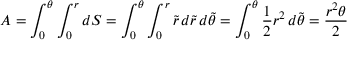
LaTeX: A = \int _ { 0 } ^ { \theta } \int _ { 0 } ^ { r } d S = \int _ { 0 } ^ { \theta } \int _ { 0 } ^ { r } { \tilde { r } } \, d { \tilde { r } } \, d { \tilde { \theta } } = \int _ { 0 } ^ { \theta } { \frac { 1 } { 2 } } r ^ { 2 } \, d { \tilde { \theta } } = { \frac { r ^ { 2 } \theta } { 2 } }